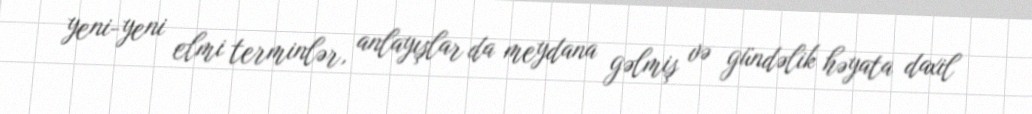
yeni-yeni elmi terminlər, anlayışlar da meydana gəlmiş və gündəlik həyata daxil